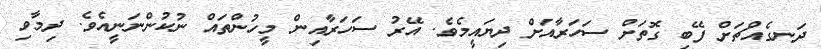
ދަނގެއްޗަށް ފޭބި ގޮތަށް ސަހަރާއަށް ދިޔައީމެވެ. އޭރު ސަހަރާއިން މީހުންތައް ނުކުންނަނީއެވެ. ދިމާވި